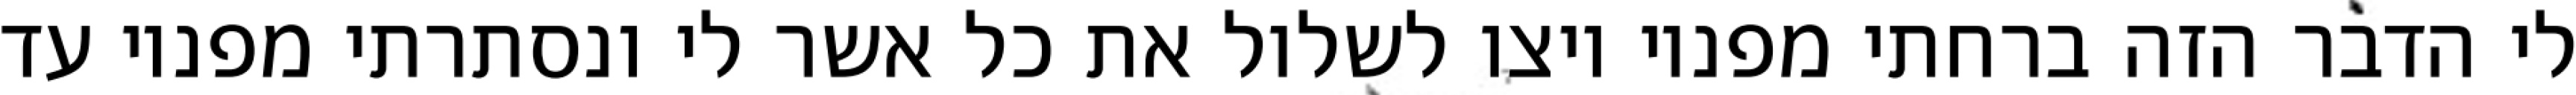
לי הדבר הזה ברחתי מפניו ויצו לשלול את כל אשר לי ונסתרתי מפניו עד